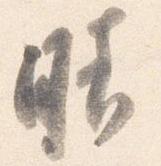
晴